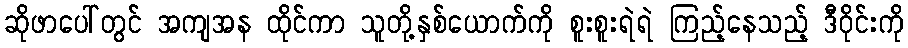
ဆိုဖာပေါ်တွင် အကျအန ထိုင်ကာ သူတို့နှစ်ယောက်ကို စူးစူးရဲရဲ ကြည့်နေသည့် ဒီဝိုင်းကို